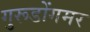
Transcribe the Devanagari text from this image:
गुरूडोंगमर